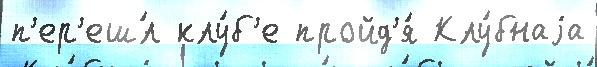
п'ер'еш́л клу́б'е пройд'я́ Клу́бнаjа